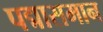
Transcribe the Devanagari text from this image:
पद्मासमान